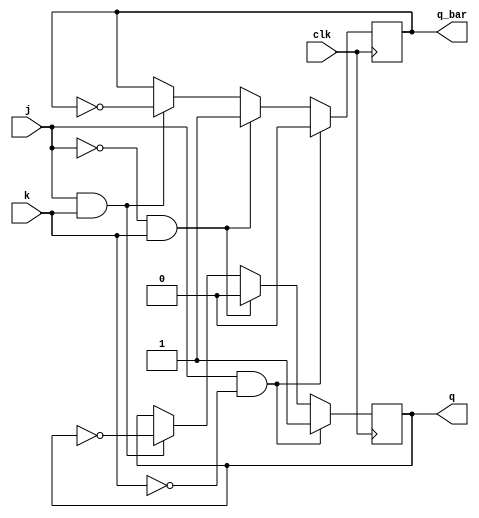
module jk_flipflop (
    input wire clk,
    input wire j,
    input wire k,
    output reg q,
    output reg q_bar
);

always @(posedge clk) begin
    if (j & ~k) begin
        q <= 1;
        q_bar <= 0;
    end else if (~j & k) begin
        q <= 0;
        q_bar <= 1;
    end else if (j & k) begin
        q <= ~q;
        q_bar <= ~q_bar;
    end
end

endmodule